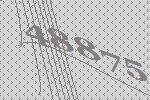
48875